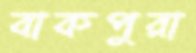
বাকপুরা